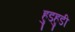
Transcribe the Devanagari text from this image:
हुडहुडी